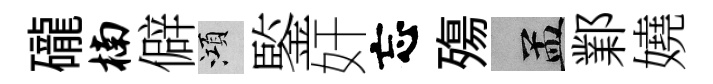
礲楠僻澒鍳奸忘殤汴鄴嬈